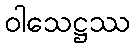
ဝါသေဋ္ဌဿ